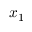
x _ { 1 }